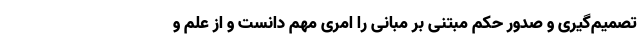
تصمیم‌گیری و صدور حکم مبتنی بر مبانی را امری مهم دانست و از علم و